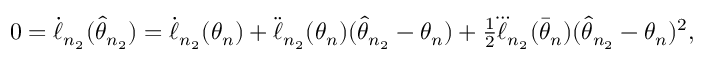
\begin{array} { r } { 0 = \dot { \ell } _ { n _ { 2 } } ( \hat { \theta } _ { n _ { 2 } } ) = \dot { \ell } _ { n _ { 2 } } ( \theta _ { n } ) + \ddot { \ell } _ { n _ { 2 } } ( \theta _ { n } ) ( \hat { \theta } _ { n _ { 2 } } - \theta _ { n } ) + \frac { 1 } { 2 } \dddot { \ell } _ { n _ { 2 } } ( \bar { \theta } _ { n } ) ( \hat { \theta } _ { n _ { 2 } } - \theta _ { n } ) ^ { 2 } , } \end{array}